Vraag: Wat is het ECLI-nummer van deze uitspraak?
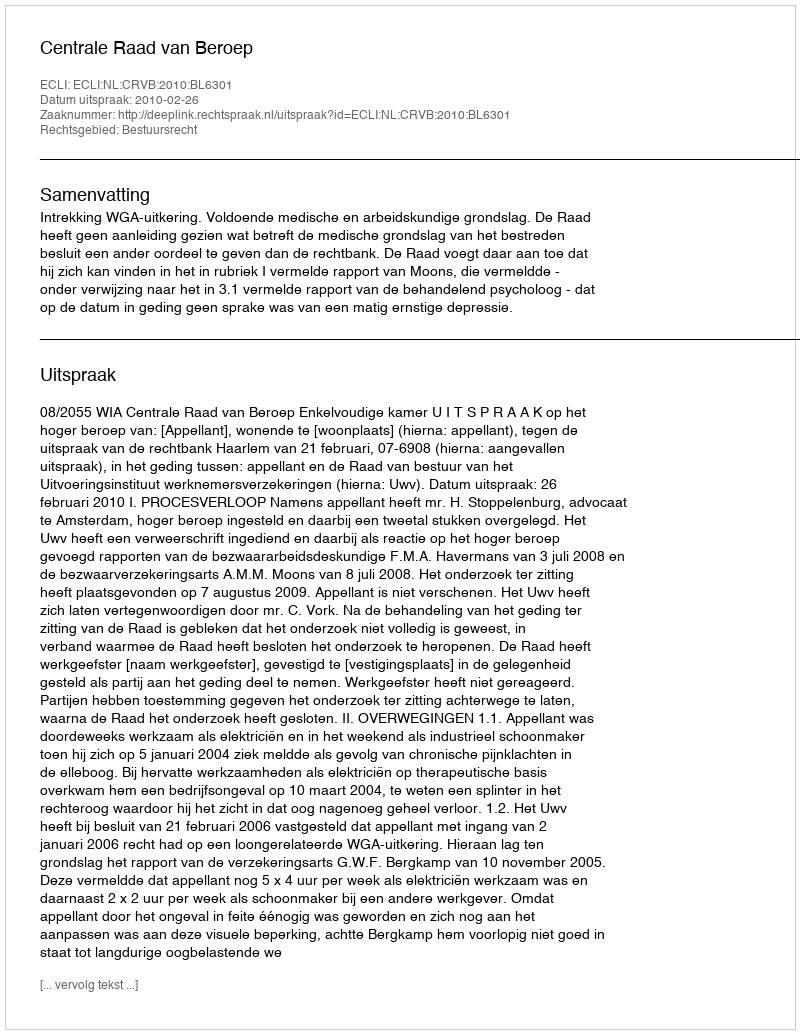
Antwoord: ECLI:NL:CRVB:2010:BL6301